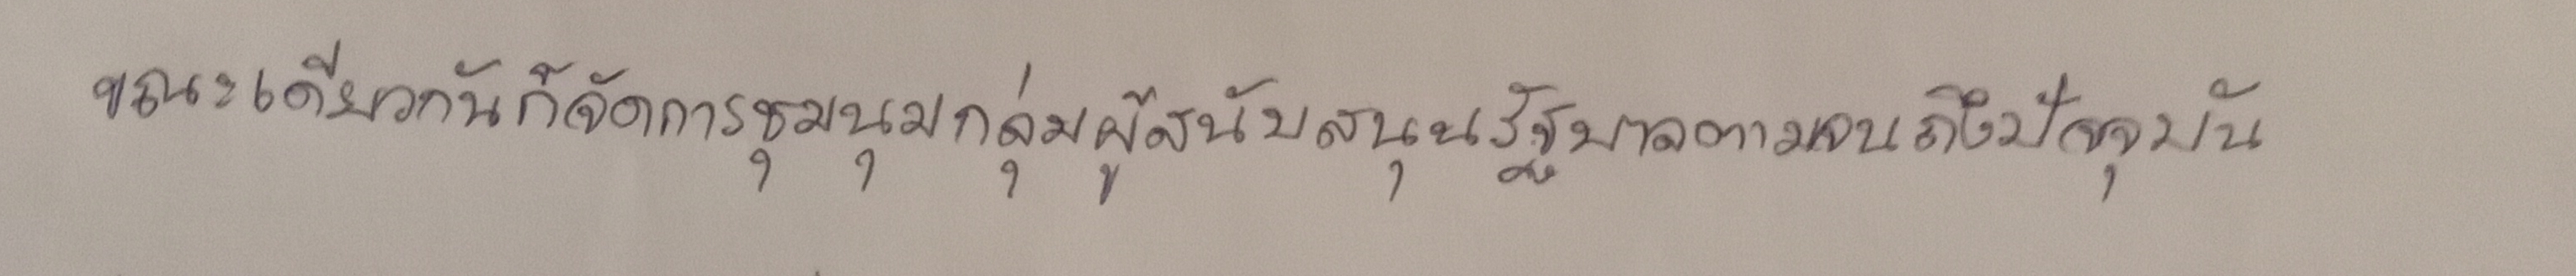
ขณะเดียวกันก็จัดการชุมนุมกลุ่มผู้สนับสนุนรัฐบาลตามจนถึงปัจจุบัน